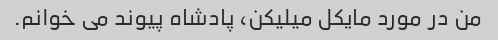
من در مورد مایکل میلیکن، پادشاه پیوند می خوانم.